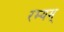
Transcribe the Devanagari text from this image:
रम्यम्